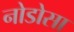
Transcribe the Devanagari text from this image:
नोडोसा